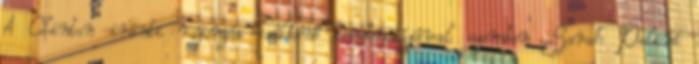
A Clinton iránti rajongás csökkenő tendenciájával szemben Sarah Paliné